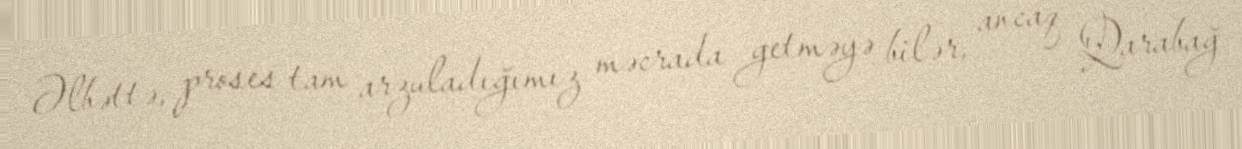
Əlbəttə, proses tam arzuladığımız məcrada getməyə bilər, ancaq Qarabağ